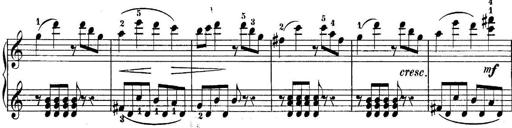
Title: 10 Sonatines progressives
Composer: Anton Schmoll